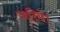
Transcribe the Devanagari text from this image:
जरिये।